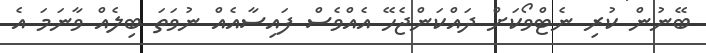
ބޭނުން ކުރި ނެޓްވޯކަށް ދައްކަންޖެހޭ އެއްވެސް ފައިސާއެއް ނުވަތަ ބިލެއް ވާނަމަ އެ